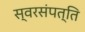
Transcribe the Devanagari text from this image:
स्वरसंपत्ति